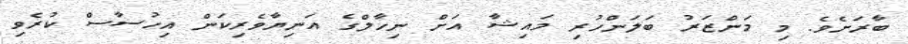
ބާރަށެވެ. މި މަންޒަރު ބަލަންހުރި މައިޝާ އަށް ނިހާލްގެ އަނިޔާވެރިކަން އިހުސާސް ކުރެވި